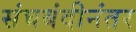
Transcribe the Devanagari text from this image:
संघबंदीनंतर